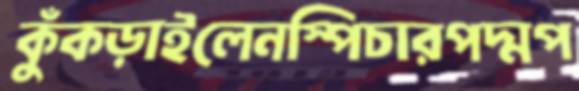
কুঁকড়াইলেনস্পিচারপদ্মপ